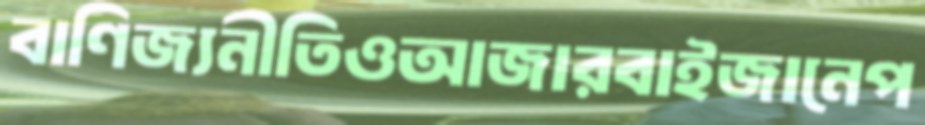
বাণিজ্যনীতিওআজারবাইজানেপ